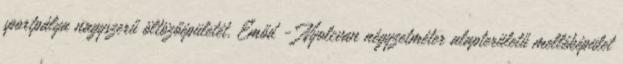
sportpálya nagyszerű öltözőépületét. Emőd - Nyolcvan négyzetméter alapterületű melléképület